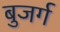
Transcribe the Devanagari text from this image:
बुजर्ग